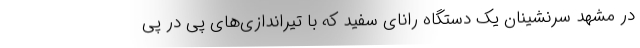
در مشهد سرنشینان یک دستگاه رانای سفید که با تیراندازی‌های پی در پی